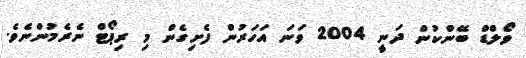
ވޯލްޑް ބޭންކުން ދަނީ 2004 ވަނަ އަހަރުން ފެށިގެން މި ރިޕޯޓް ނެރެމުންނެވެ.